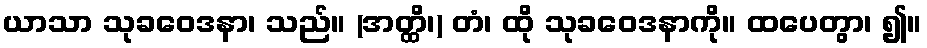
ယာသာ သုခဝေဒနာ၊ သည်။ (အတ္ထိ၊) တံ၊ ထို သုခဝေဒနာကို။ ထပေတွာ၊ ၍။